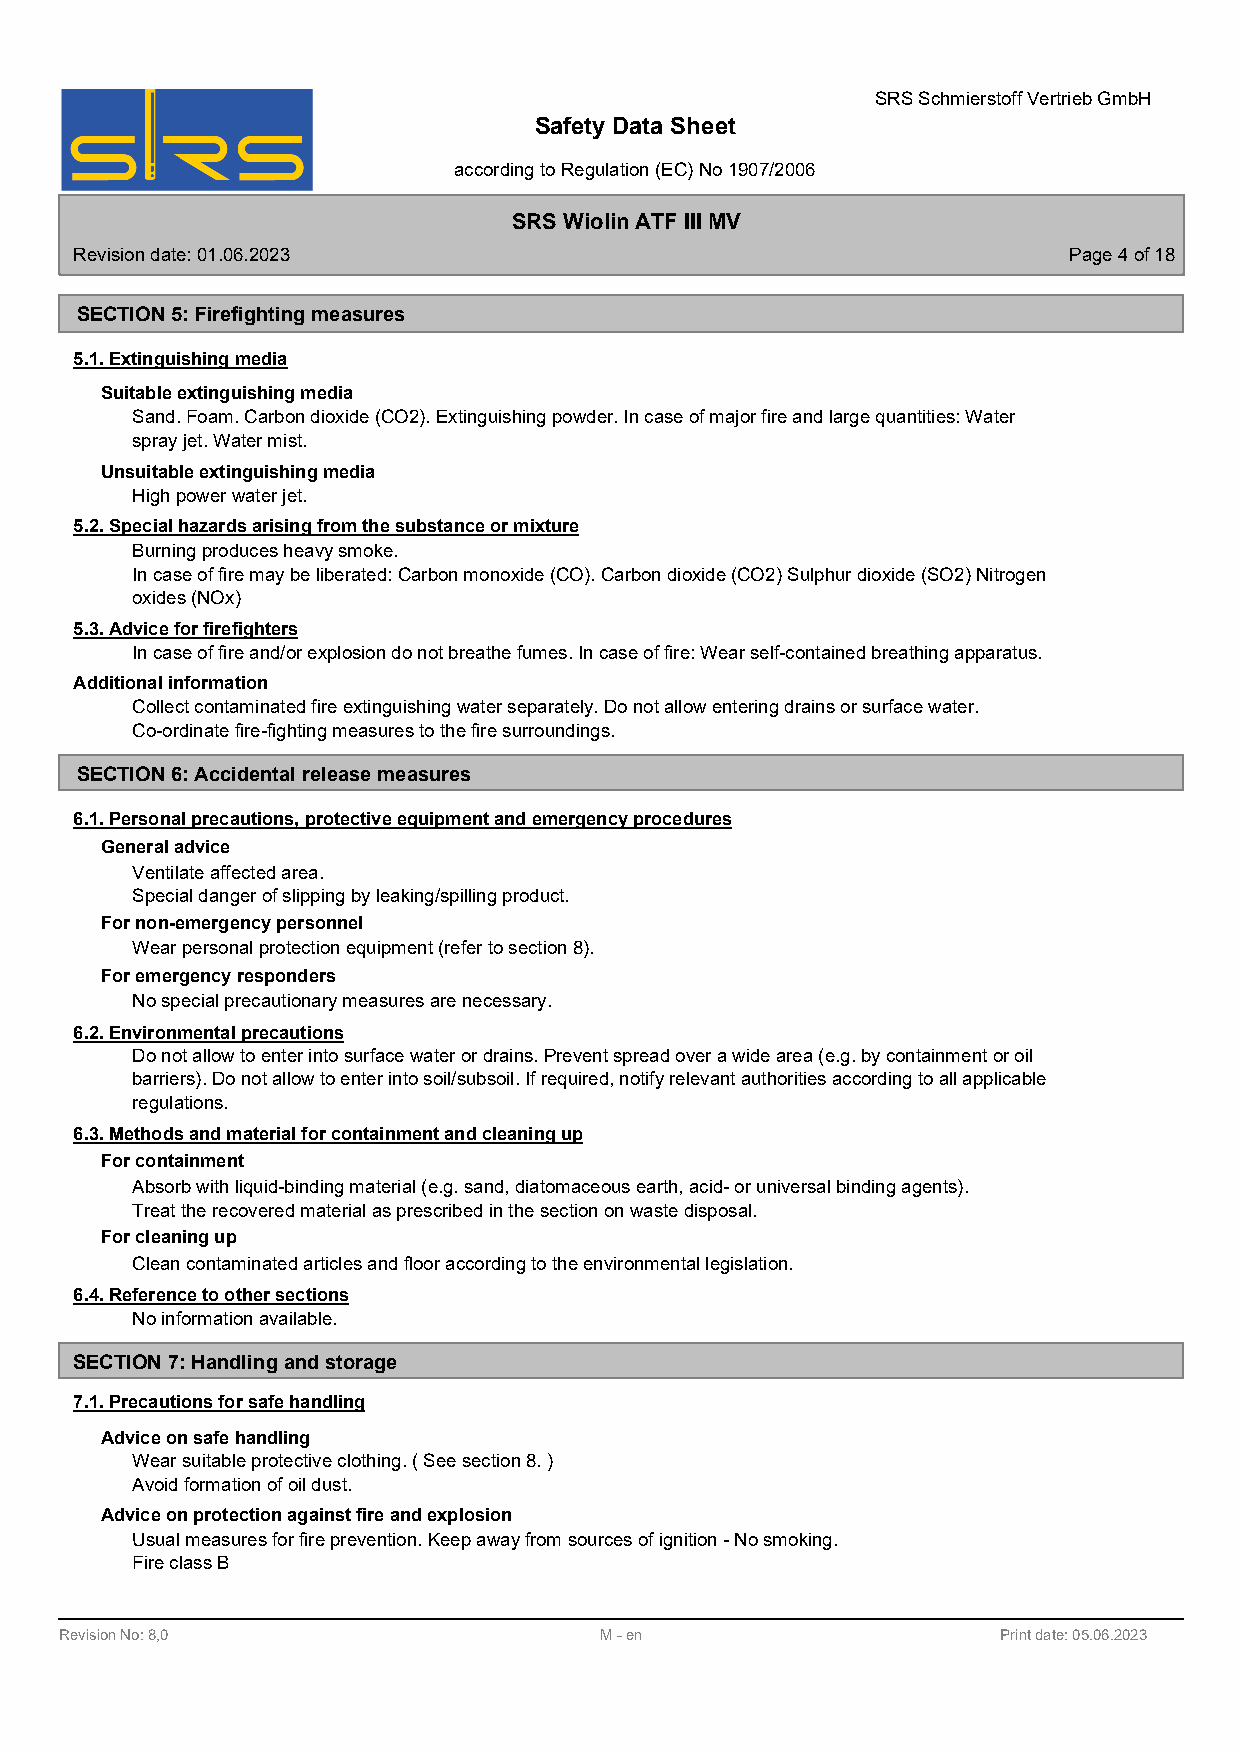
SRS Schmierstoff Vertrieb GmbH
 Safety Data Sheet
 according to Regulation (EC) No 1907/2006
 SRS Wiolin ATF III MV
 Revision date: 01.06.2023                                         Page 4 of 18
 SECTION 5: Firefighting measures
 5.1. Extinguishing media
 Suitable extinguishing media
 Sand. Foam. Carbon dioxide (CO2). Extinguishing powder. In case of major fire and large quantities: Water
 spray jet. Water mist.
 Unsuitable extinguishing media
 High power water jet.
 5.2. Special hazards arising from the substance or mixture
 Burning produces heavy smoke.
 In case of fire may be liberated: Carbon monoxide (CO). Carbon dioxide (CO2) Sulphur dioxide (SO2) Nitrogen
 oxides (NOx)
 5.3. Advice for firefighters
 In case of fire and/or explosion do not breathe fumes. In case of fire: Wear self-contained breathing apparatus.
 Additional information
 Collect contaminated fire extinguishing water separately. Do not allow entering drains or surface water.
 Co-ordinate fire-fighting measures to the fire surroundings.
 SECTION 6: Accidental release measures
 6.1. Personal precautions, protective equipment and emergency procedures
 General advice
 Ventilate affected area.
 Special danger of slipping by leaking/spilling product.
 For non-emergency personnel
 Wear personal protection equipment (refer to section 8).
 For emergency responders
 No special precautionary measures are necessary.
 6.2. Environmental precautions
 Do not allow to enter into surface water or drains. Prevent spread over a wide area (e.g. by containment or oil
 barriers). Do not allow to enter into soil/subsoil. If required, notify relevant authorities according to all applicable
 regulations.
 6.3. Methods and material for containment and cleaning up
 For containment
 Absorb with liquid-binding material (e.g. sand, diatomaceous earth, acid- or universal binding agents).
 Treat the recovered material as prescribed in the section on waste disposal.
 For cleaning up
 Clean contaminated articles and floor according to the environmental legislation.
 6.4. Reference to other sections
 No information available.
 SECTION 7: Handling and storage
 7.1. Precautions for safe handling
 Advice on safe handling
 Wear suitable protective clothing. ( See section 8. )
 Avoid formation of oil dust.
 Advice on protection against fire and explosion
 Usual measures for fire prevention. Keep away from sources of ignition - No smoking.
 Fire class B
 Revision No: 8,0                    M - en                    Print date: 05.06.2023